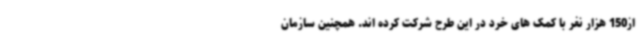
از150 هزار نفر با کمک های خرد در این طرح شرکت کرده اند. همچنین سازمان